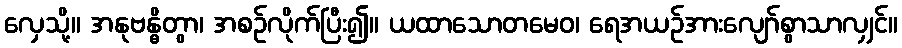
လှေသို့။ အနုဗန္ဓိတွာ၊ အစဉ်လိုက်ပြီး၍။ ယထာသောတမေဝ၊ ရေအယဉ်အားလျော်စွာသာလျှင်။